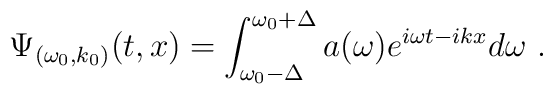
\Psi _{(\omega _{0},k_{0})}(t,x)=\int_{\omega _{0}-\Delta }^{\omega_{0}+\Delta }a(\omega )e^{i\omega t-ikx}d\omega ~.